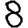
Digit: 8